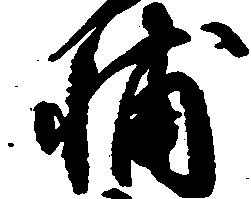
輔